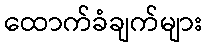
ထောက်ခံချက်များ